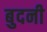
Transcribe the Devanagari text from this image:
बुदनी